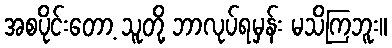
အစပိုင်းတော့ သူတို့ ဘာလုပ်ရမှန်း မသိကြဘူး။